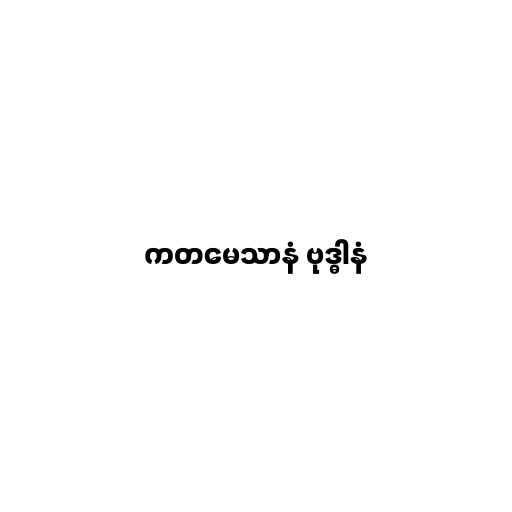
ကတမေသာနံ ဗုဒ္ဓါနံ